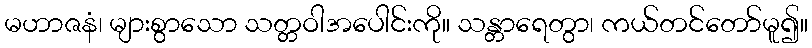
မဟာဇနံ၊ များစွာသော သတ္တဝါအပေါင်းကို။ သန္တာရေတွာ၊ ကယ်တင်တော်မူ၍။